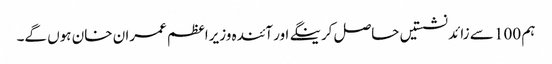
ہم 100 سے زائد نشستیں حاصل کرینگے اور آئندہ وزیراعظم عمران خان ہوں گے۔